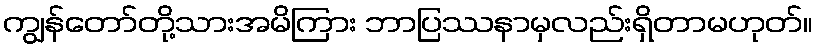
ကျွန်တော်တို့သားအမိကြား ဘာပြဿနာမှလည်းရှိတာမဟုတ်။